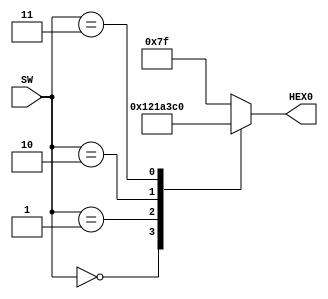
module part4(SW, HEX0);
	input [2:0] SW;
	output [6:0] HEX0;
	
	reg [6:0] HEX0;
	always@(SW)
		begin
			case(SW)
				3'b000 : HEX0 = 7'b0001001;
				3'b001 : HEX0 = 7'b0000110;
				3'b010 : HEX0 = 7'b1000111;
				3'b011 : HEX0 = 7'b1000000;
				default: HEX0 = 7'b1111111;
			endcase
		end
	
endmodule